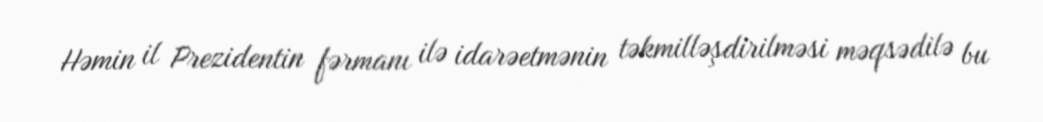
Həmin il Prezidentin fərmanı ilə idarəetmənin təkmilləşdirilməsi məqsədilə bu